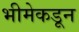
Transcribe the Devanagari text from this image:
भीमेकडून